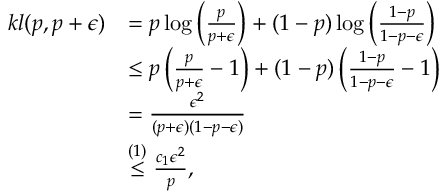
\begin{array} { r l } { k l ( p , p + \epsilon ) } & { = p \log \left( \frac { p } { p + \epsilon } \right) + ( 1 - p ) \log \left( \frac { 1 - p } { 1 - p - \epsilon } \right) } \\ & { \leq p \left( \frac { p } { p + \epsilon } - 1 \right) + ( 1 - p ) \left( \frac { 1 - p } { 1 - p - \epsilon } - 1 \right) } \\ & { = \frac { \epsilon ^ { 2 } } { ( p + \epsilon ) ( 1 - p - \epsilon ) } } \\ & { \overset { ( 1 ) } { \leq } \frac { c _ { 1 } \epsilon ^ { 2 } } { p } , } \end{array}